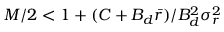
M / 2 < 1 + ( C + B _ { d } \bar { r } ) / B _ { d } ^ { 2 } \sigma _ { r } ^ { 2 }